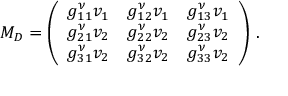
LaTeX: M _ { D } = \left( \begin{array} { l l l } { { g _ { 1 1 } ^ { \nu } v _ { 1 } } } & { { g _ { 1 2 } ^ { \nu } v _ { 1 } } } & { { g _ { 1 3 } ^ { \nu } v _ { 1 } } } \\ { { g _ { 2 1 } ^ { \nu } v _ { 2 } } } & { { g _ { 2 2 } ^ { \nu } v _ { 2 } } } & { { g _ { 2 3 } ^ { \nu } v _ { 2 } } } \\ { { g _ { 3 1 } ^ { \nu } v _ { 2 } } } & { { g _ { 3 2 } ^ { \nu } v _ { 2 } } } & { { g _ { 3 3 } ^ { \nu } v _ { 2 } } } \end{array} \right) \, .